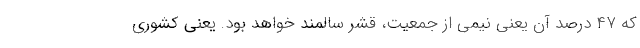
که ۴۷ درصد آن یعنی نیمی از جمعیت، قشر سالمند خواهد بود. یعنی کشوری